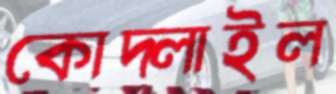
কোদ্‌লাইল